Plague in India, 1896, 1897 - Volume 1
Year: 1896
Disease focus: Plague
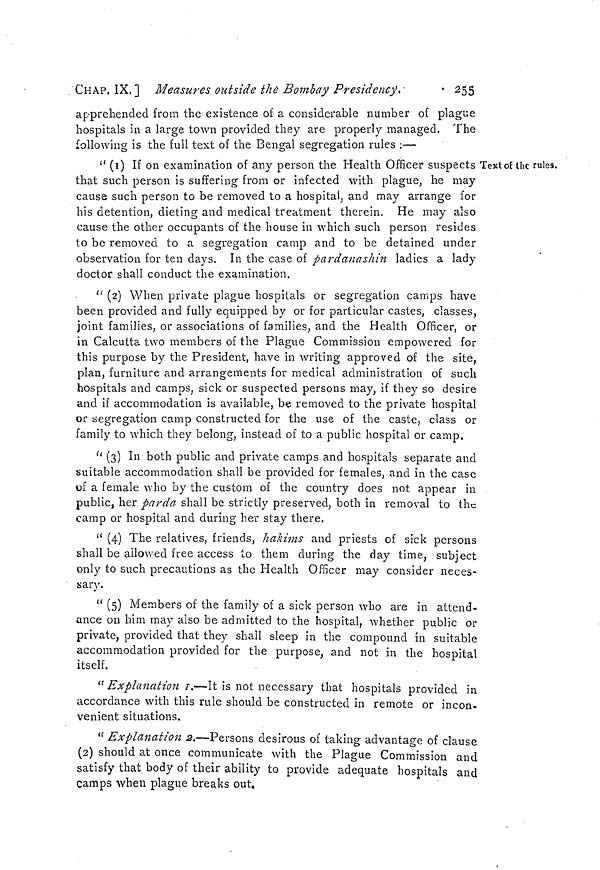
CHAP. IX.] Measures outside the Bombay Presidency.
255
apprehended from the existence of a considerable number of plague
hospitals in a large town provided they are properly managed. The
following is the full text of the Bengal segregation rules :—
Text of the rules.
" (i) If on examination of any person the Health Officer suspects
that such person is suffering from or infected with plague, he may
cause such person to be removed to a hospital, and may arrange for
his detention, dieting and medical treatment therein. He may also
cause the other occupants of the bouse in which such person resides
to be removed to a segregation camp and to be detained under
observation for ten days. In the case of pardanashin ladies a lady
doctor shall conduct the examination.
" (2) When private plague hospitals or segregation camps have
been provided and fully equipped by or for particular castes, classes,
joint families, or associations of families, and the Health Officer, or
in Calcutta two members of the Plague Commission empowered for
this purpose by the President, have in writing approved of the site,
plan, furniture and arrangements for medical administration of such
hospitals and camps, sick or suspected persons may, if they so desire
and if accommodation is available, be removed to the private hospital
or segregation camp constructed for the use of the caste, class or
family to which they belong, instead of to a public hospital or camp.
" (3) In both public and private camps and hospitals separate and
suitable accommodation shall be provided for females, and in the case
of a female who by the custom of the country does not appear in
public, her parda shall be strictly preserved, both in removal to the
camp or hospital and during her stay there.
" (4) The relatives, friends, hakims and priests of sick persons
shall be allowed free access to them during the day time, subject
only to such precautions as the Health Officer may consider neces-
sary.
" (5) Members of the family of a sick person who are in attend-
ance on him may also be admitted to the hospital, whether public or
private, provided that they shall sleep in the compound in suitable
accommodation provided for the purpose, and not in the hospital
itself.
" Explanation 1.—It is not necessary that hospitals provided in
accordance with this rule should be constructed in remote or incon-
venient situations.
" Explanation 2.—Persons desirous of taking advantage of clause
(2) should at once communicate with the Plague Commission and
satisfy that body of their ability to provide adequate hospitals and
camps when plague breaks out.